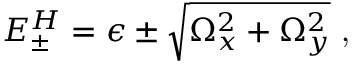
E _ { \pm } ^ { H } = \epsilon \pm \sqrt { \Omega _ { x } ^ { 2 } + \Omega _ { y } ^ { 2 } } \textrm { , }